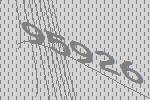
95926